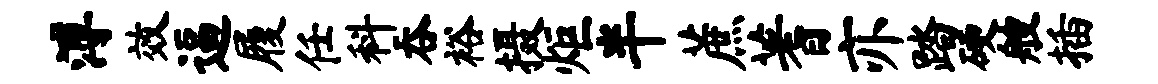
溥效逼履任科吞裕摄炬半蔗蓍亦踏硬艘插